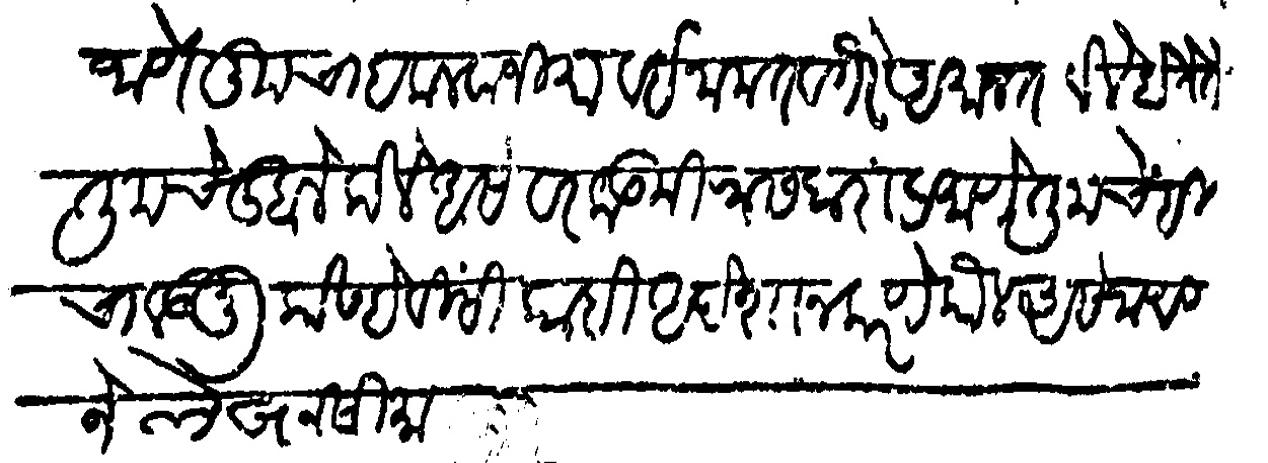
Transliteration (Devanagari): जाणे तुमचा हक लवाजिमा व ईनामत वगैरे अमानत केले होते ते तुमचे दुमाले केले असे वरकड मिरासदारा प्रमाणे तुमचेही चालवून कोण्हेवीसी काही अंदेशा न करणे कौल असे जाणीजे लेखन सीमा